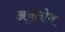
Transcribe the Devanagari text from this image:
अनुलोभ